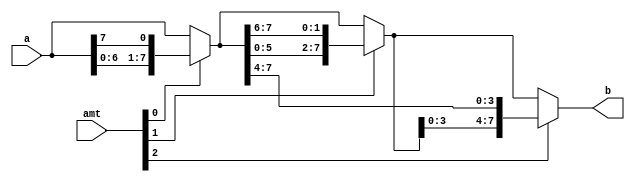
module barrel_shifterl(
    input wire[7:0]a,
    input wire[2:0]amt,
    output wire[7:0]b
);
wire [7:0]s0,s1;
assign s0 = amt[0] ? {a[6:0],a[7]}:a;
assign s1 =amt[1] ? {s0[5:0],s0[7:6]}:s0;
assign b = amt[2] ? {s1[3:0],s0[7:4]}:s1;

endmodule